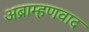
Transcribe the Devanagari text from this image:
अब्राम्हणवाद